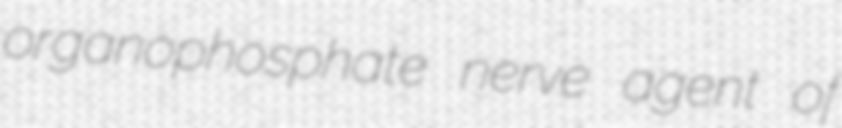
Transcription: organophosphate nerve agent of